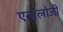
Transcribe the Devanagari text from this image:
एनोलोजी